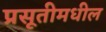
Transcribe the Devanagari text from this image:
प्रसूतीमधील